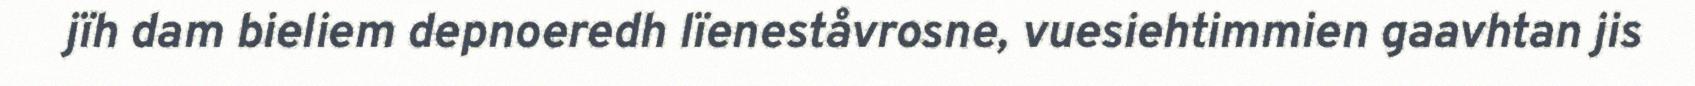
jïh dam bieliem depnoeredh lïeneståvrosne, vuesiehtimmien gaavhtan jis